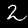
Label: 2